Report on horse surra - Volume I
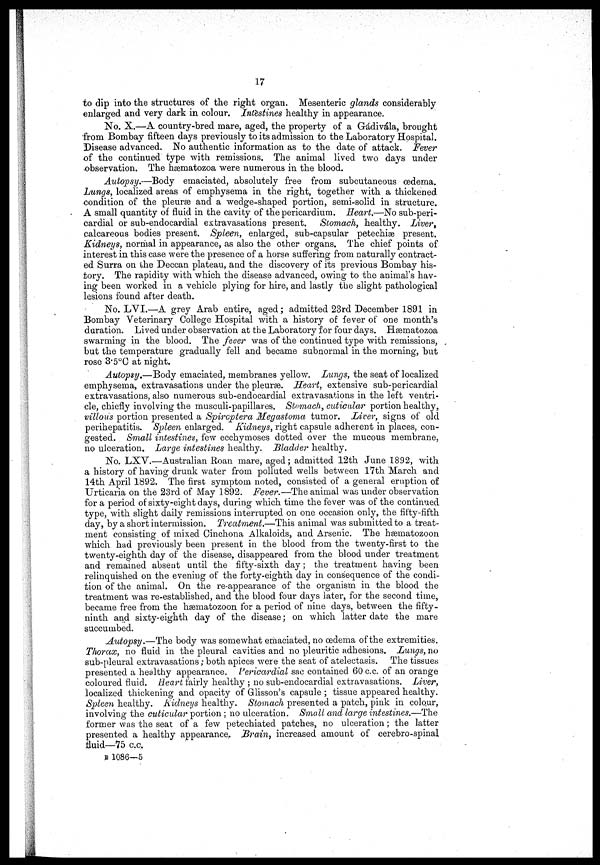
17
to dip into the structures of the right organ. Mesenteric glands considerably
enlarged and very dark in colour. Intestines healthy in appearance.
No. X.—A country-bred mare, aged, the property of a Gádivála, brought
from Bombay fifteen days previously to its admission to the Laboratory Hospital.
Disease advanced. No authentic information as to the date of attack. Fever
of the continued type with remissions. The animal lived two days under
observation. The hæmatozoa were numerous in the blood.
Autopsy.—Body emaciated, absolutely free from subcutaneous oedema.
Lungs, localized areas of emphysema in the right, together with a thickened
condition of the pleurae and a wedge-shaped portion, semi-solid in structure.
A small quantity of fluid in the cavity of the pericardium. Heart.—No sub-peri-
cardial or sub-endocardial extravasations present. Stomach, healthy. Liver,
calcareous bodies present. Spleen, enlarged, sub-capsular petechiæ present.
Kidneys, normal in appearance, as also the other organs. The chief points of
interest in this case were the presence of a horse suffering from naturally contract-
ed Surra on the Deccan plateau, and the discovery of its previous Bombay his-
tory. The rapidity with which the disease advanced, owing to the animal's hav-
ing been worked in a vehicle plying for hire, and lastly the slight pathological
lesions found after death.
No. LVI.—A grey Arab entire, aged; admitted 23rd December 1891 in
Bombay Veterinary College Hospital with a history of fever of one month's
duration. Lived under observation at the Laboratory for four days. Hæmatozoa
swarming in the blood. The fever was of the continued type with remissions,
but the temperature gradually fell and became subnormal in the morning, but
rose 3.5°C at night.
Autopsy.—Body emaciated, membranes yellow. Lungs, the seat of localized
emphysema, extravasations under the pleurae. Heart, extensive sub-pericardial
extravasations, also numerous sub-endocardial extravasations in the left ventri-
cle, chiefly involving the musculi-papillares. Stomach, cuticular portion healthy,
villous portion presented a Spircptera Megastoma tumor. Liver, signs of old
perihepatitis. Spleen enlarged. Kidneys, right capsule adherent in places, con-
gested. Small intestines, few ecchymoses dotted over the mucous membrane,
no ulceration. Large intestines healthy. Bladder healthy.
No. LXV.—Australian Roan mare, aged; admitted 12th June 1892, with
a history of having drunk water from polluted wells between 17 th March and
14th April 1892. The first symptom noted, consisted of a general eruption of
Urticaria on the 23rd of May 1892. Fever.—The animal was under observation
for a period of sixty-eight days, during which time the fever was of the continued
type, with slight daily remissions interrupted on one occasion only, the fifty-fifth
day, by a short intermission. Treatment.—This animal was submitted to a treat-
ment consisting of mixed Cinchona Alkaloids, and Arsenic. The hæmatozoon
which had previously been present in the blood from the twenty-first to the
twenty-eighth day of the disease, disappeared from the blood under treatment
and remained absent until the fifty-sixth day ; the treatment having been
relinquished on the evening of the forty-eighth day in consequence of the condi-
tion of the animal. On the re-appearance of the organism in the blood the
treatment was re-established, and the blood four days later, for the second time,
became free from the hæmatozoon for a period of nine days, between the fifty-
ninth and sixty-eighth day of the disease; on which latter date the mare
succumbed.
Autopsy.—The body was somewhat emaciated, no oedema of the extremities.
Thorax, no fluid in the pleural cavities and no pleuritic adhesions. Lungs, no
sub-pleural extravasations ; both apices were the seat of atelectasis. The tissues
presented a healthy appearance. Pericardial sac contained 60 c.c. of an orange
coloured fluid. Heart fairly healthy ; no sub-endocardial extravasations. Liver,
localized thickening and opacity of Glisson's capsule ; tissue appeared healthy.
Spleen healthy. Kidneys healthy. Stomach presented a patch, pink in colour,
involving the cuticular portion ; no ulceration. Small and large intestines.—The
former was the seat of a few petechiated patches, no ulceration ; the latter
presented a healthy appearance. Brain, increased amount of cerebro-spinal
fluid—75 c.c.
B 1086—5